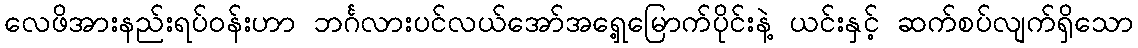
လေဖိအားနည်းရပ်ဝန်းဟာ ဘင်္ဂလားပင်လယ်အော်အရှေ့မြောက်ပိုင်းနဲ့ ယင်းနှင့် ဆက်စပ်လျက်ရှိသော